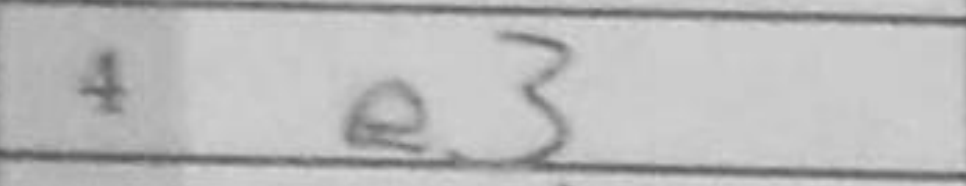
Transcription: e3